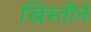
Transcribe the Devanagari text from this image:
ख्रिस्तीने